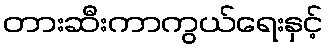
တားဆီးကာကွယ်ရေးနှင့်